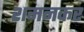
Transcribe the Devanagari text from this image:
शमनकर